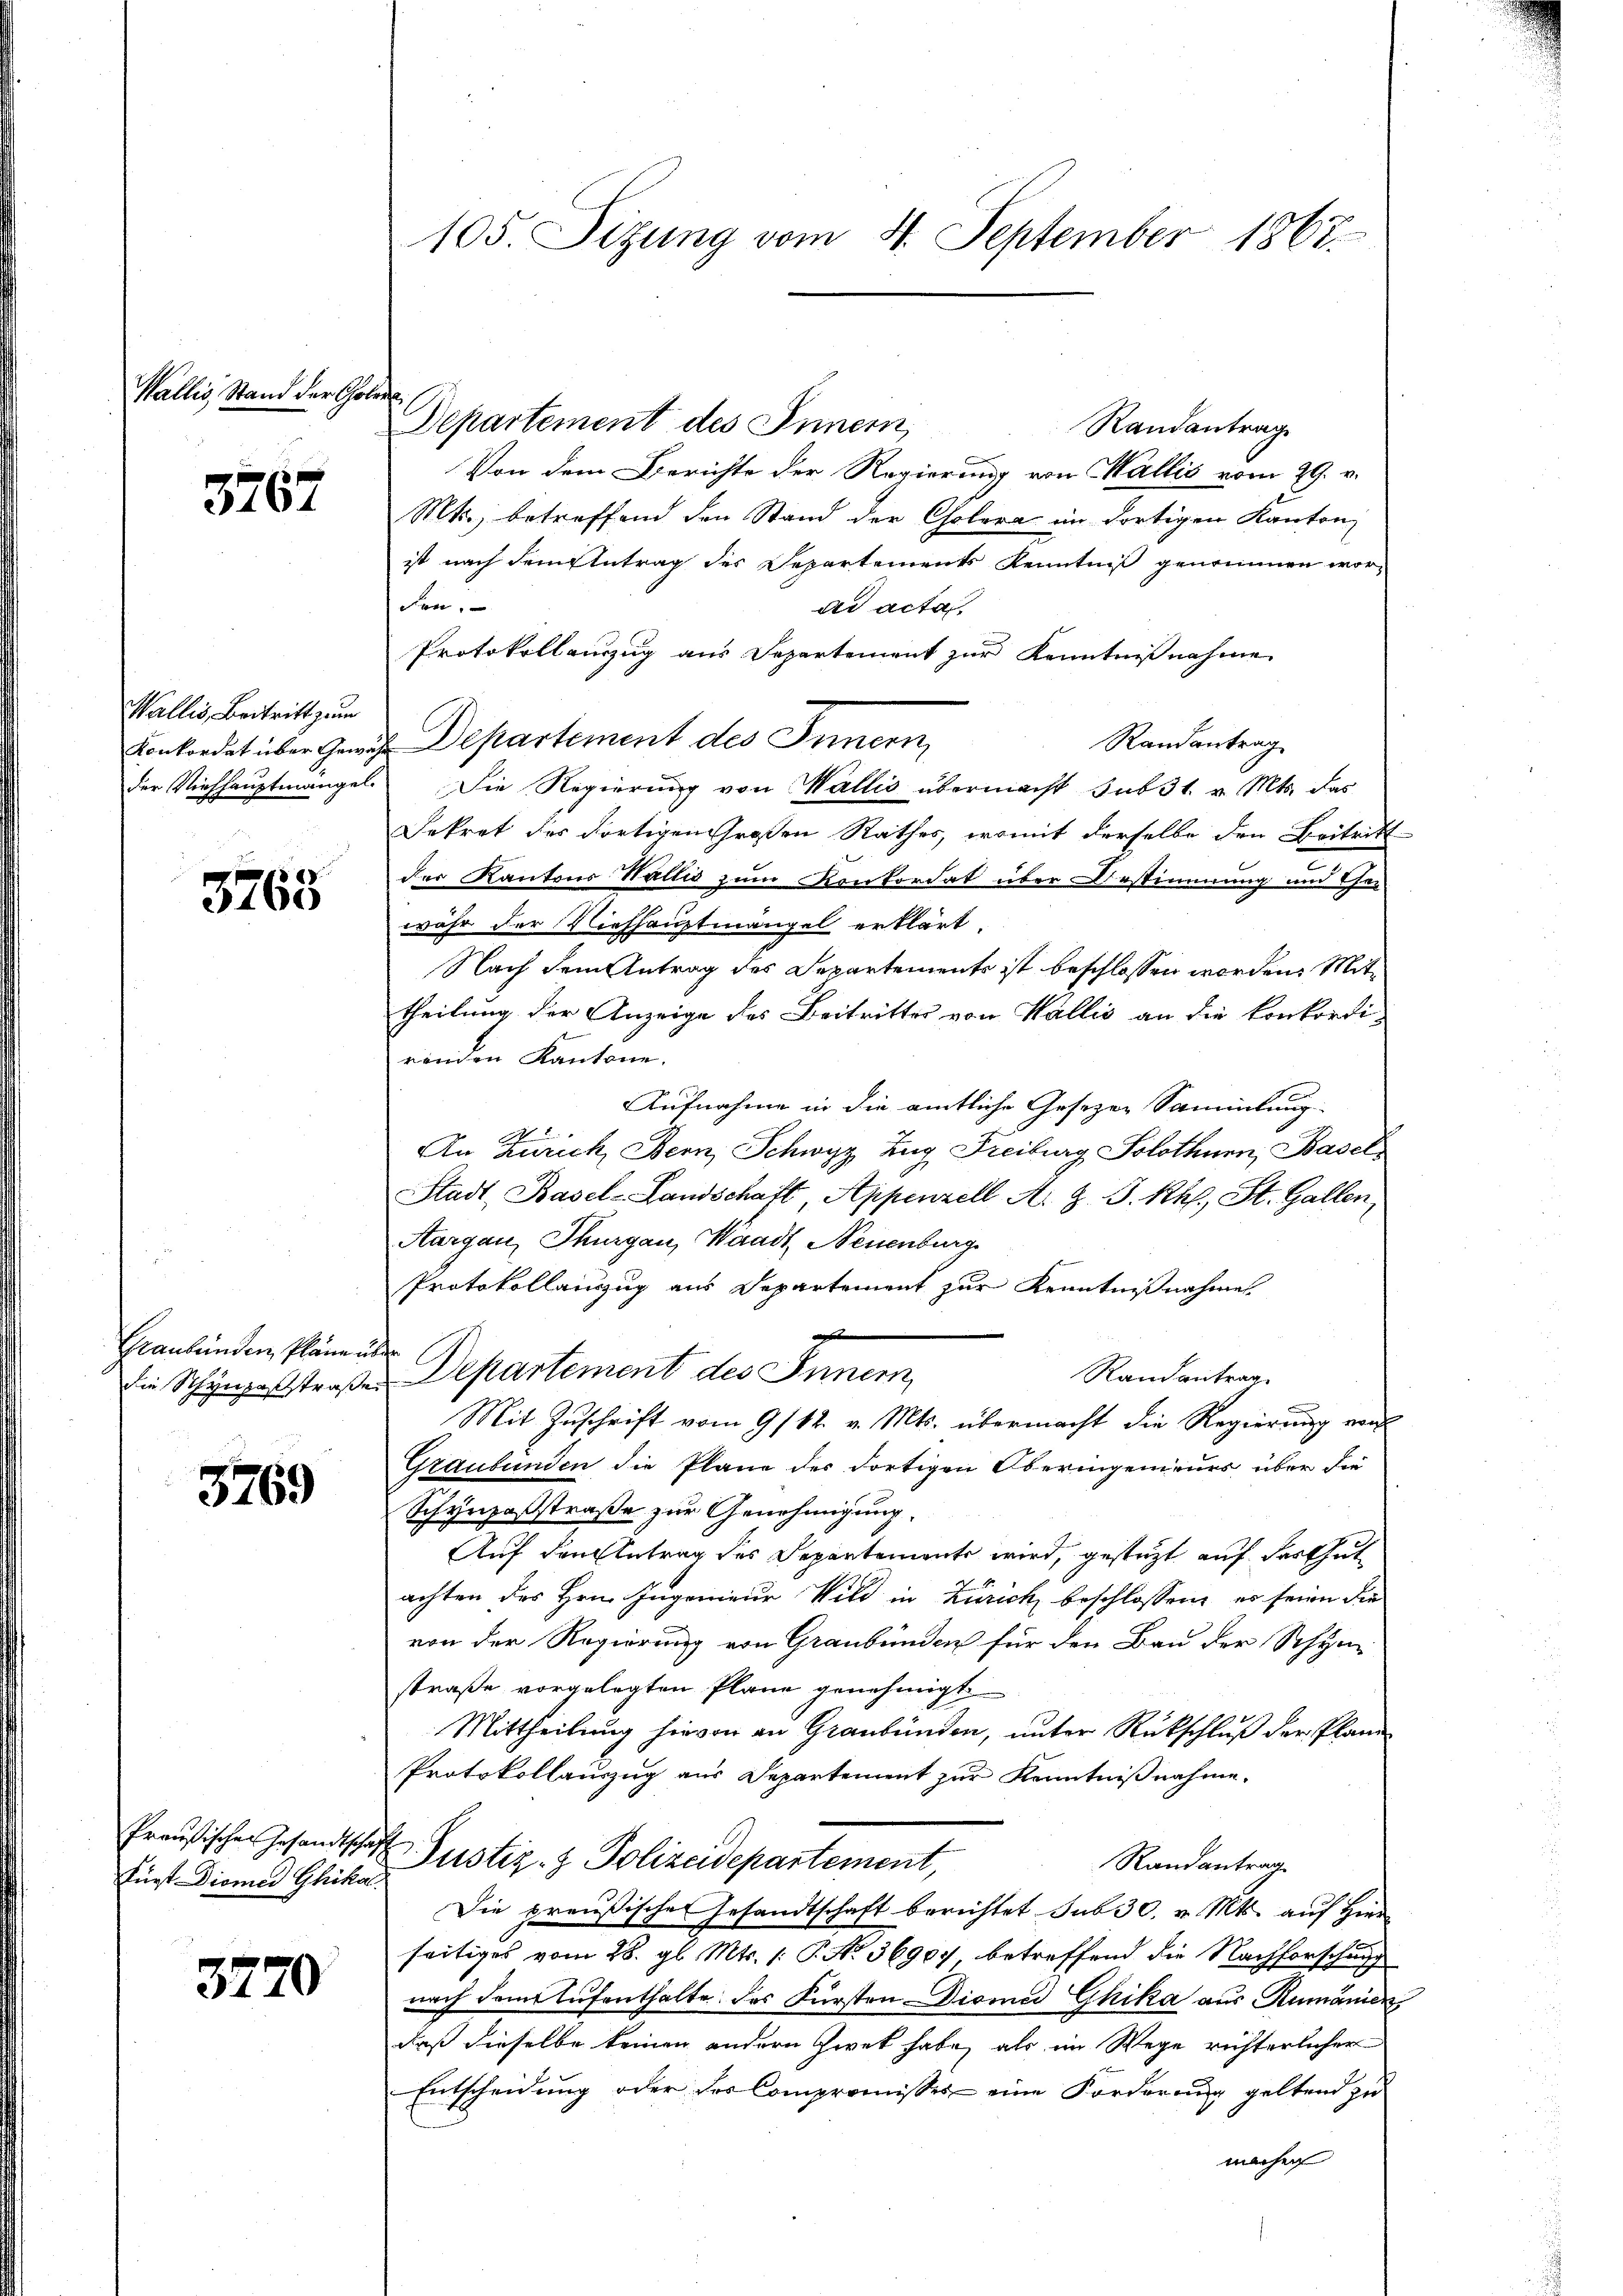
Wallis, Stand der Co

3767

Wallis, Beitritt zum
der Viehhauptmängel

5763

Graubünden Plänen
die Schynpasstraße

3769

Fürst Diomed Ghikal

3770

105. Sitzung vom 4. September 1867.

t

Departement des Innern,
Randantrag
Von dem Berichte der Regierung von Wallis vom 29. v.
Mts. betreffend den Stand der Cholera im dortigen Kanton
ist nach dem Eintrag des Departements Kenntniß genommen wor-
Fen.
ad acta
Protokollenzug aus Separtement zur Kenntnißnahme
Randantrag
Konkordat über Geruch Departement des Innern,
Die Regierung von Wallis übermacht sub 31. v. Mts. das
Dekret des dortigen Großen Rathes, womit derselbe den Beitritt
der Kantons Wallis zum Konkordat über Bestimmung und Ge-
währ der Viehhauptmängel erklärt.
Nach dem Antrag des Departements ist beschlossen worden. Mittheilung der Anzeige des Beitrittes von Wallis an die Konkordi-
rinden Kantone.
Aufnahme in die amtliche Gesezen Sammlung
5
An Zürich, Bern, Schwyz Zug Freiburg Solothur, Basel
Stadt, Basel-Landschaft Appenzell A. G. J. Rh., St. Gallen,
Aargau, Thurgau, Waadt, Neuenburg
Protokollanzzug aus Departement zur Kenntnißnahme
2
Departement des Innern,
Randantrag
Mit Zŭschrift vom 9/12. v. Mts. übermacht die Regierŭng von
Graubünden die Pläne der dortigen Oberingenieurs über die
Schynpasstraße zur Genehmigung.
Auf den Antrag des Departements wird, gesteht auf der Gut
achten des Hrn. Ingenieur Wild in Zürich beschlossen, es seien die
von der Regierung von Graubünden für den Bau der Schyn
straße vorgelegten Plane genehmigt.
Mittheilung hievon an Graubünden, unter Rückschluß der Plane
Protokollauszug aus Separtement zur Kenntnißnahme.
Preußischen Gesandtschaft Pustiz- & Polizeidepartement,
Randantrag
Die preußischen Gesandtschaft berichtet sub 30. v. Mts. auf Hier
seitiges vom 28. gl. Mts. (: P. Nr. 36907 betreffend die Nachforschung
nach dem Aufenthalte des Fürsten Diomed Ghika aus Rumänien
daß dieselbe keinen andern Zwek habe, als im Wege richterlicher
Entscheidung oder des Compromisses eine Forderung geltend zu
machen